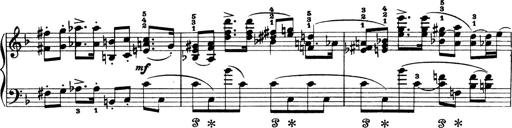
Title: 4 Sonatines
Composer: Max Reger